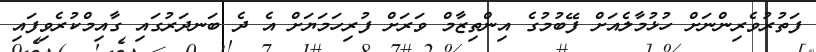
ފަތުރުވެރިންނަށް ހުޅުމާލެއަށް ފޭބުމުގެ އިންތިޒާމް ވަރަށް ފުރިހަމަޔަށް އެ ދެ ބަނދަރުގައި ގާއިމްކުރެވިފައި